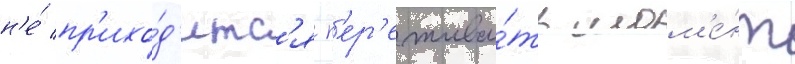
н'е́ пр'ихо́д'итс'я п'ер'ежива́ть мом'е́нт